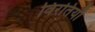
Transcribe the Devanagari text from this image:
विरतियाँ